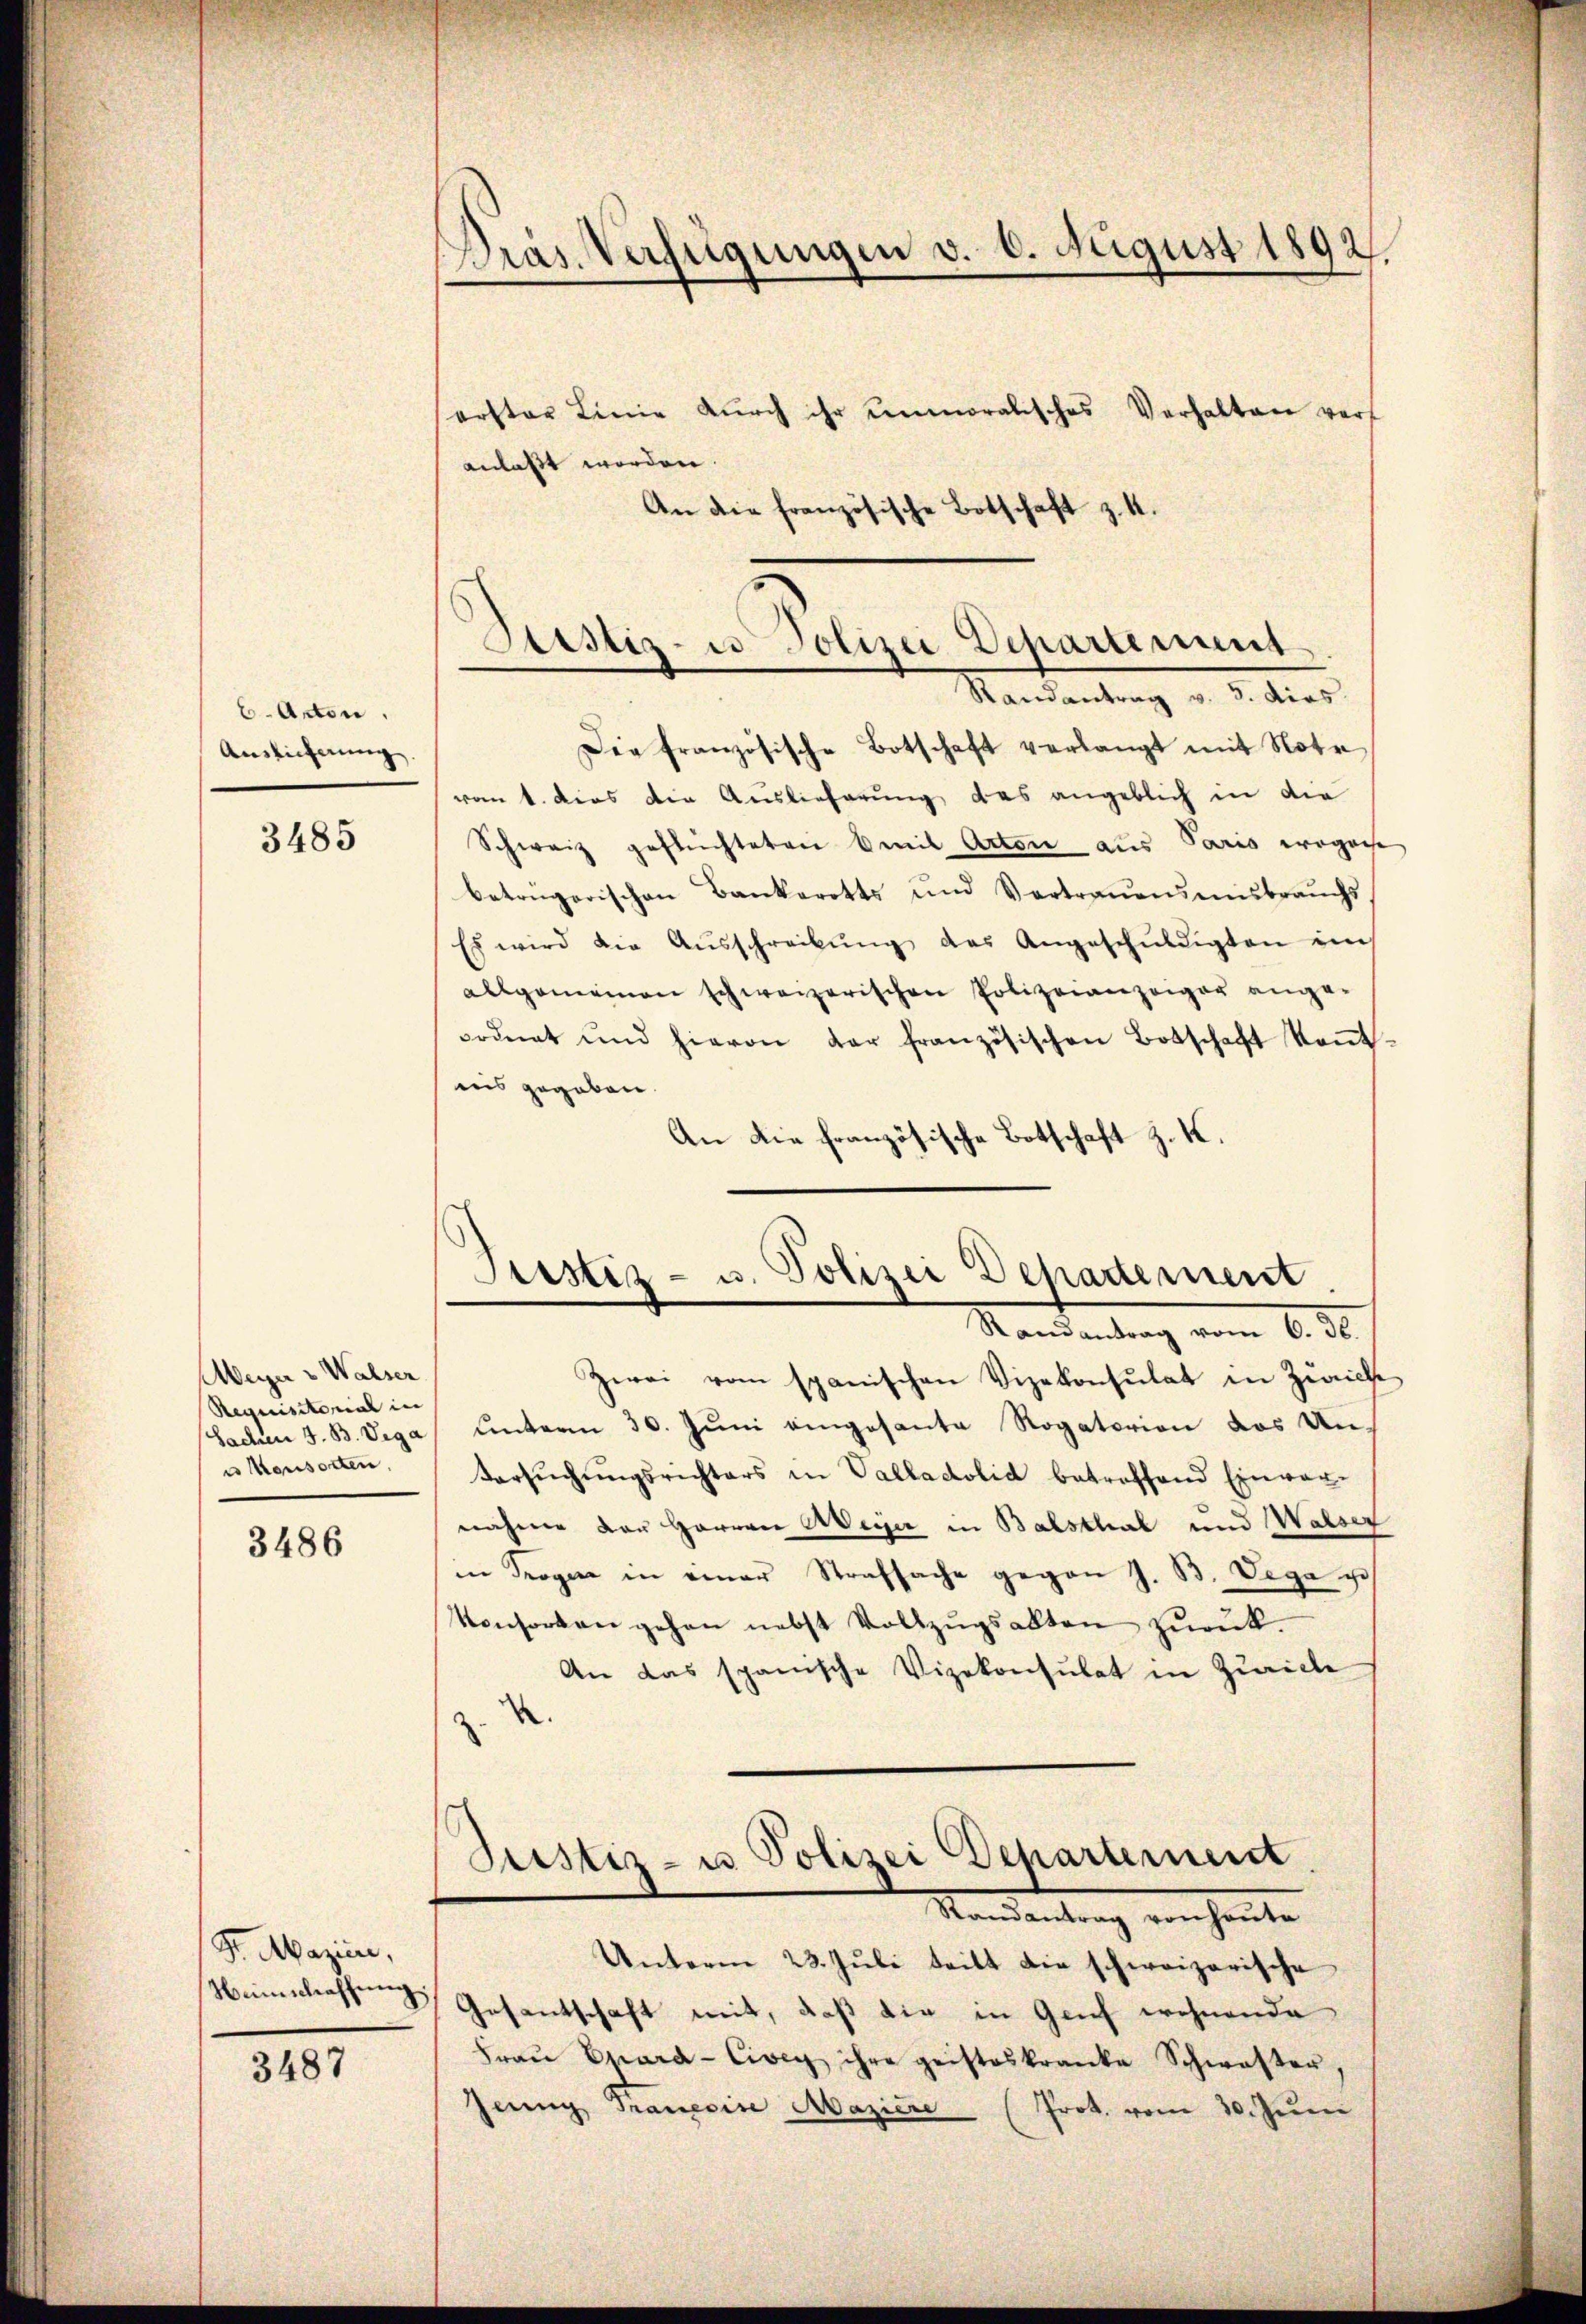
6. Acton.
Auslieferung

3485

Weier & Walser
Requisitorial in |
Sachen J. B. Viga
u Hausorten.

3486

Sr. Mazin,
Neinschaffung

3487

anlaßt worden

Pras Verfügungen v. 6. August 1892.

serster Linie dŭrch ihr unmoralisches Verhalten vorf
An die französische Botschaft z. 4.

Astiz- u. Polizei Departement
Randantrag v. 5. dies

Die französische Botschaft verlangt mit Note
vom 1. dies die Auslieferung das angeblich in die
Schweiz geflüchteten Beil Arten aus Paris wegense
betrügerischen Bankerotts und Vertraŭensmisbrauchs
Es wird die Aŭsschreibŭng des Angeschŭldigten ins
allgemeinen schweizerischen Polizeianzeiger ange-
ordnet und hievon der französischen Botschaft keṅt-
nis gegeben.
An die französische Botschaft z. K.

)
Sistiz- u. Polizei Departement
Mandantung vom 6. d.

Zwei vom spanischen Vizekonsulat in Zürich
unterm 30. Juni eingesante Rogatorion das Un¬
Versŭchŭngsrichters in Valladolid betreffend Einver-
nahme der Herren Weiser in Balsthal und Walser
in Trogen in einer Strafsache gegen J. B. Vega po
Konsorten gehen nebst Vollzŭgsakten zŭrük.
An das spanische Vizekonsulat in Zürich

Justiz- u Polizei Departement
Randantrag von heute

Unterm 23. Jŭli teilt die schweizerische
Gesantschaft mit, daß die in Genf wohnende
Fraŭ Epara-Civey ihre geisteskranke Schwester,
Jenig Tranesise Maziere (Prot. vom 30. Juni